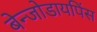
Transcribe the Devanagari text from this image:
बेन्जोडायपिंस